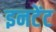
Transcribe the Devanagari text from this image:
इनटेंट